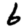
Digit: 6